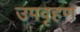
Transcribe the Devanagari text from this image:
उपवृहण